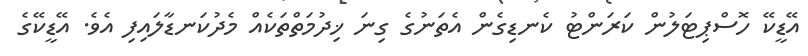
އޭޑީކޭ ހޮސްޕިޓަލުން ކަރަންޓު ކެނޑިގެން އެތަނުގެ ގިނަ ޚިދުމަތްތަކެއް މެދުކަނޑާލައިފި އެވެ. އޭޑީކޭގެ